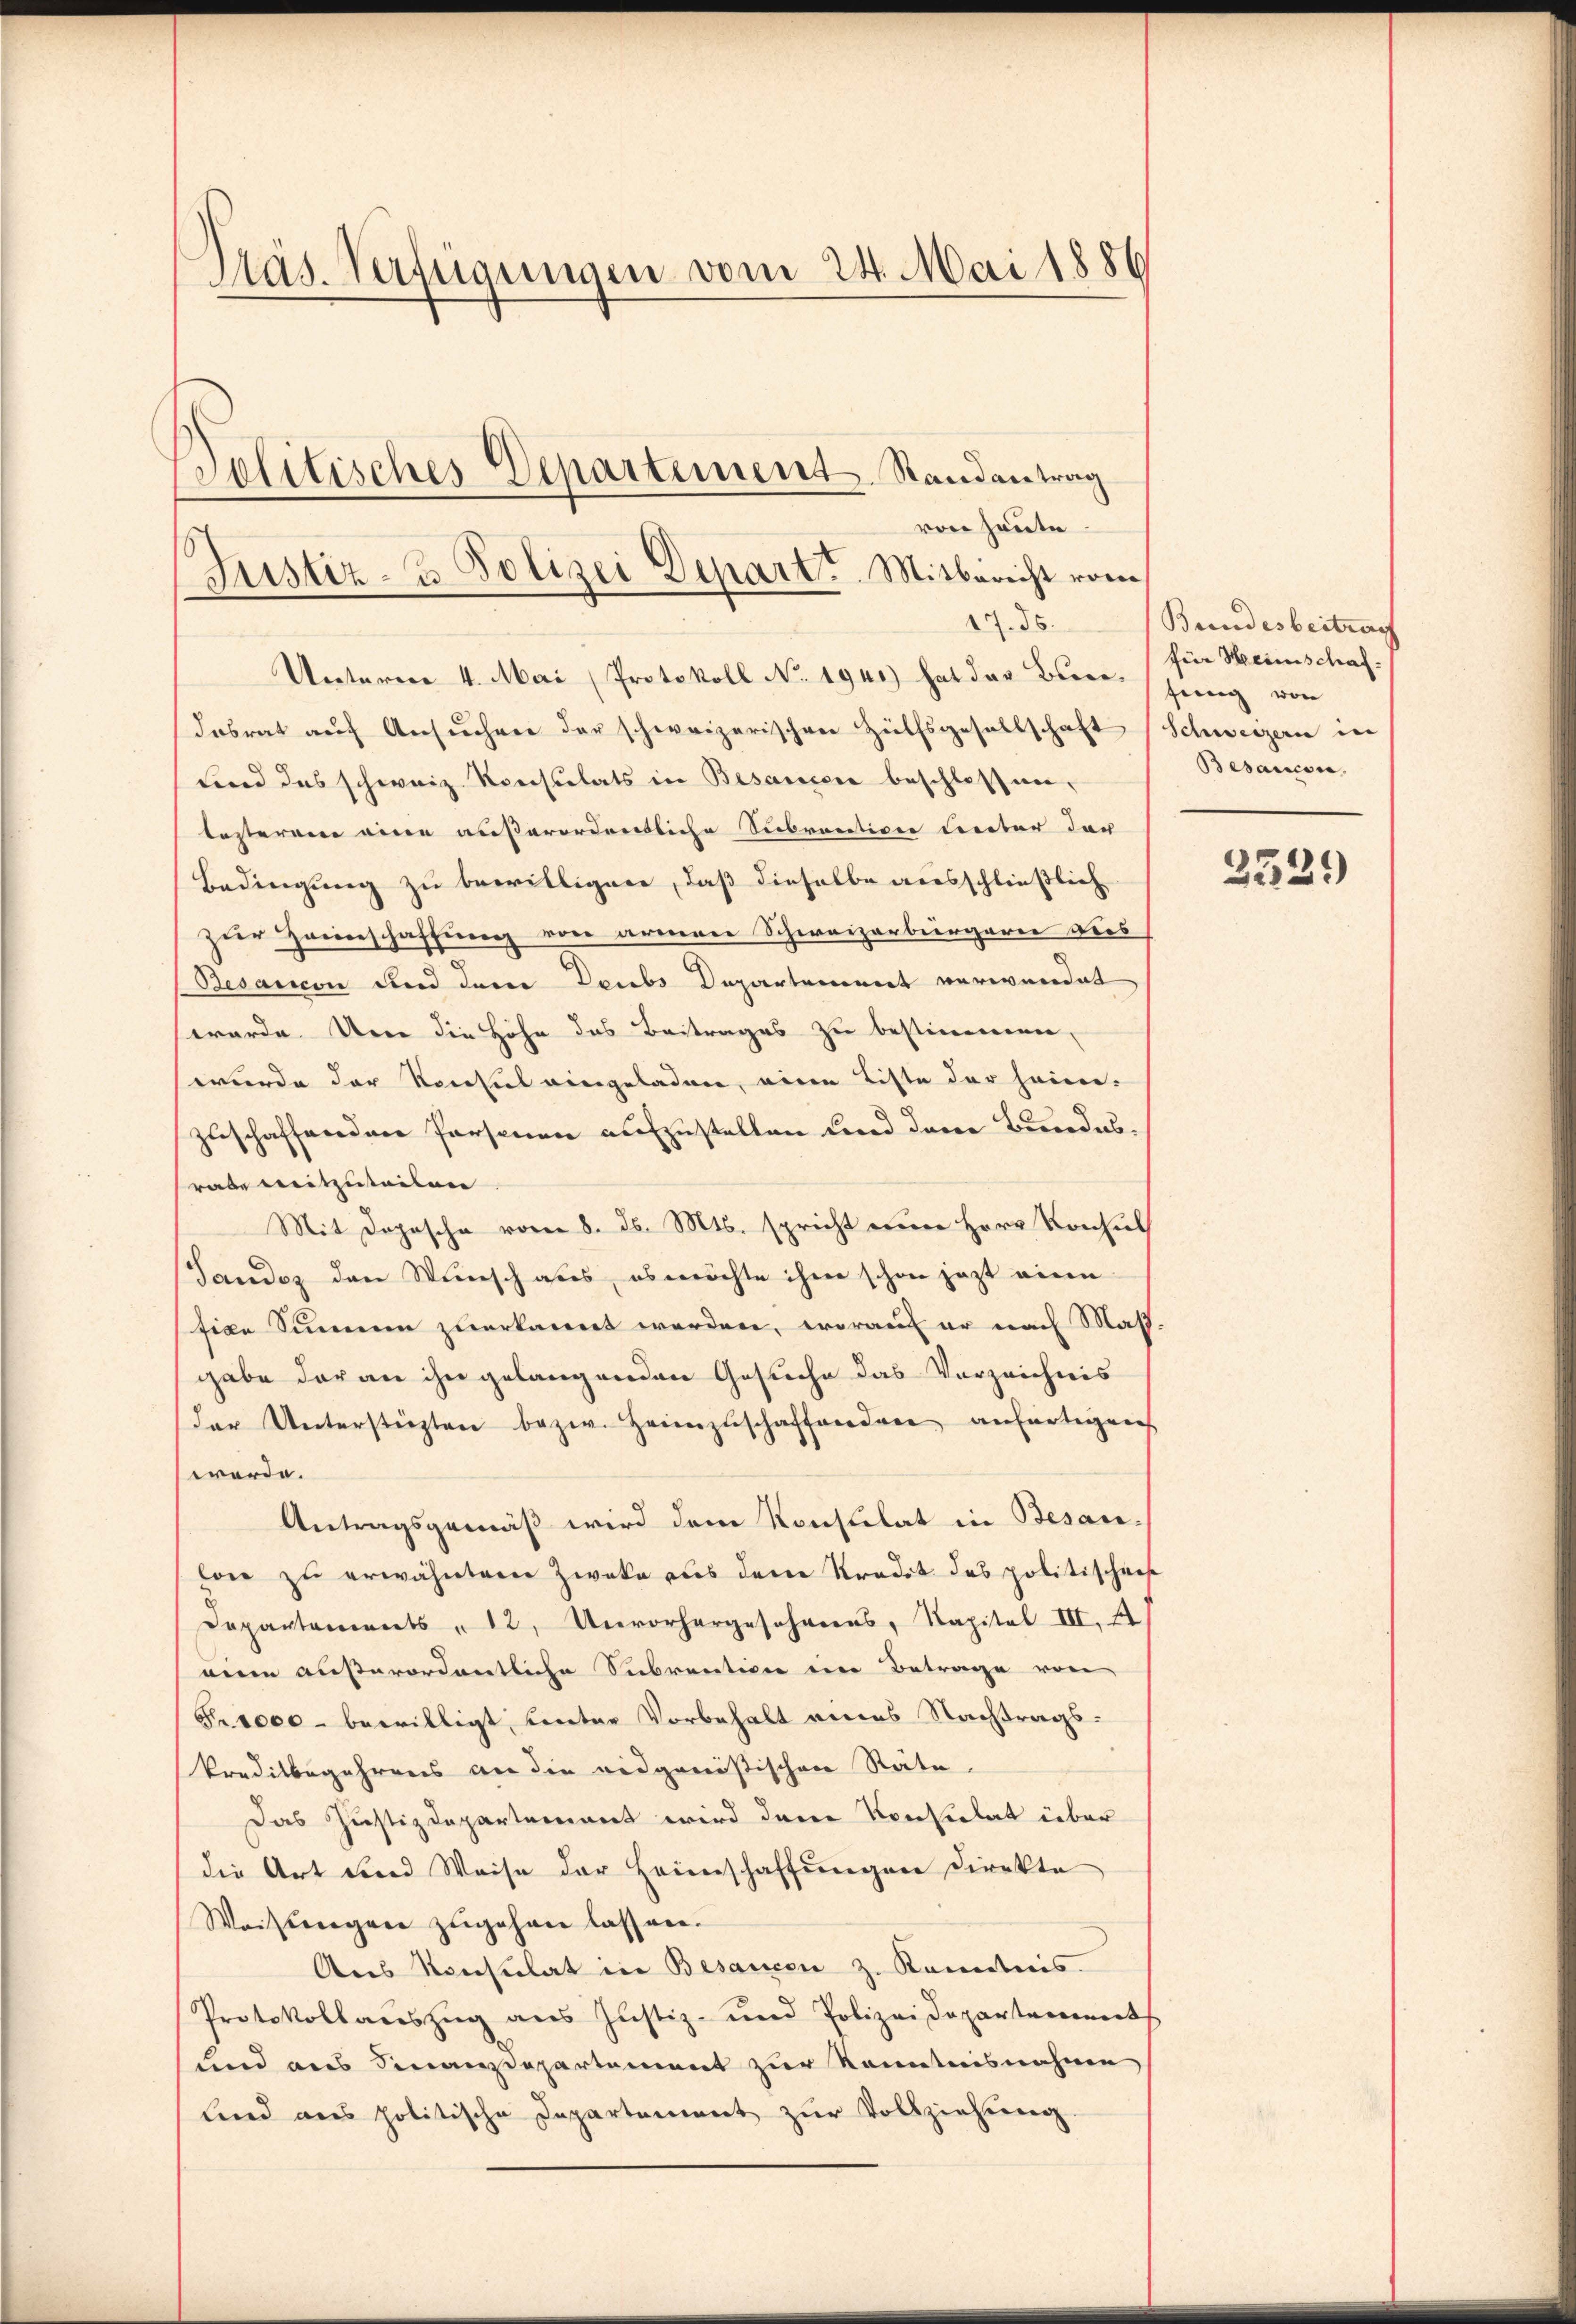
Präs. Verfügungen vom 24. Mai 1886

von heute.
17. ds.
Unterere 4. Mai (Protokoll No 1941) hat der Beere jenig von
dosrat aŭf Ansŭchen der schweizerischen Hülfsgesellschaft
sind das schweiz. Konsulats in Besammer beschlossen,
besteren eine außerordentliche Stebractione Cereter der
Bedingung zu bewilligen, daß dieselbe ausschließlich
zur Zeeinschaffung von armen Schweizerbergaren dies
Besandon und dem Deubs Departement verwendet
werde. Um die Höhe des Beitrages zu bestimmen,
wurde der Konsul eingeladen, eine Liste der heim-
zuschaffenden Personen aufzustellen und dann Bundesrabe Leitzuteilen
Mit Dopasche vom 8. d. Mts. spricht eine Herr Konsul
Tandoz den Wunsch aus, es möchte ihm schon jezt eine
tian Simmen zuerkannt werden, worauf er nach Mass.
gabe daran ihn gelangenden Gesuche das Verzeichnis
der Unterstüzten bezw. Heimzuschaffendere anfertigen
werde.
Antragsgemäß wird dem Konsulat in Besan,
lon zu erwähnten Zwecke aus den Stradit des politischei
Departements " 12. Unvorhergesehenes, Kapital III. 4)
mein außerordentliche Subvention eine Betrage von
Fr. 1000 bewilligt, unter Vorbehalt eines Nachtrags¬
Preditbegehrens an die eidgenößischen Räte.
Das Justizdepartement wird dene Konsulat über
die Art und Weise der Heimschaffungen Direkte
Weistergane zugehen lassen.
Aus Konsulat in Besancen z. Kanntnis.
Protokollauszug aus Justiz- und Polizeidepartements
und aus Finanzdepartement zur Kenntnisnahme
lnd ans politische Departement zŭr Vollziehung.

politisches Departement. Randantrag
Justiz- & Polizei Depart. Mitbericht vom

Bundesbeitrag
für Heimschaf
Schweizern in
Besaucon

2239)